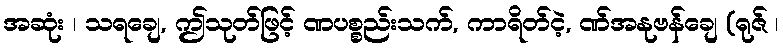
အဆုံး ၊ သရချေ, ဤသုတ်ဖြင့် ဏပစ္စည်းသက်, ကာရိတ်ငဲ့, ဏ်အနုဗန်ချေ (ရုဇ် ၊